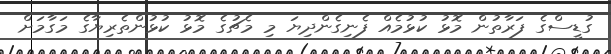
ގުޑީސްގެ ފަރާތުން މޮޅު ކުޅުމެއް ފެނިގެންދިޔަ މި މެޗުގެ މޮޅު ކުޅުންތެރިޔާގެ މަގާމަށް